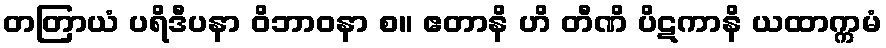
တတြာယံ ပရိဒီပနာ ဝိဘာဝနာ စ။ ဧတာနိ ဟိ တီဏိ ပိဋကာနိ ယထာက္ကမံ